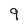
Character: 9